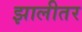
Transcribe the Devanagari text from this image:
झालीतर